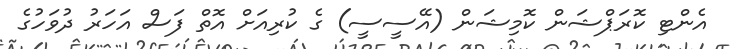
އެންޓި ކޮރަޕްޝަން ކޮމިޝަން (އޭސީސީ) ގެ ކުރިއަށް އޮތް ފަސް އަހަރު ދުވަހުގެ